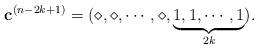
LaTeX: \begin{align*}\mathbf{c}^{(n-2k+1)}=(\diamond,\diamond,\cdots,\diamond,\underbrace{1,1,\cdots,1}_{2k}).\end{align*}